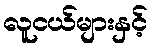
လူငယ်များနှင့်